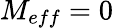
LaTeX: M_{eff}=0